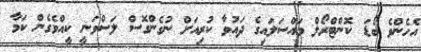
އެހެންވެ ބޯޑަ ކޮންޓްރޯލް މައްސަލައިގެ ދައުވާ ކުރިއަށް ނުގެންގޮސް ލަސްވަނީ ކީއްވެގެން ކަމާ